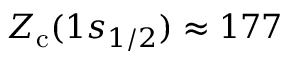
Z _ { \mathrm { c } } ( 1 s _ { 1 / 2 } ) \approx 1 7 7